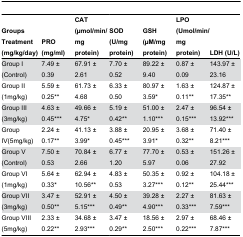
| Groups Treatment (mg/kg/day) | PRO (mg/ml) | CAT (μmol/min/mg protein) | SOD (U/mg protein) | GSH (μM/mg protein) | LPO (Umol/min/mg protein) | LDH (U/L) |
 | --- | --- | --- | --- | --- | --- | --- |
 | Group I (Control) | 7.49 ± 0.39 | 67.91 ± 2.61 | 7.70 ± 0.52 | 89.22 ± 9.40 | 0.87 ± 0.09 | 143.97 ± 23.16 |
 | Group II (1mg/kg) | 5.59 ± 0.25** | 61.73 ± 4.68 | 6.33 ± 0.50 | 80.97 ± 3.59* | 1.63 ± 0.11** | 124.87 ± 17.35** |
 | Group III (3mg/kg) | 4.63 ± 0.45*** | 49.66 ± 4.75* | 5.19 ± 0.42** | 51.00 ± 1.10*** | 2.47 ± 0.15*** | 96.54 ± 13.92*** |
 | Group IV(5mg/kg) | 2.24 ± 0.17** | 41.13 ± 3.99* | 3.88 ± 0.45*** | 20.95 ± 3.91* | 3.68 ± 0.32** | 71.40 ± 8.21*** |
 | Group V (Control) | 7.50 ± 0.53 | 70.84 ± 2.66 | 6.77 ± 1.20 | 77.70 ± 5.97 | 0.53 ± 0.06 | 151.26 ± 27.92 |
 | Group VI (1mg/kg) | 5.64 ± 0.33* | 62.94 ± 10.56** | 4.83 ± 0.53 | 50.35 ± 3.27*** | 0.92 ± 0.12** | 104.18 ± 25.44*** |
 | Group VII (3mg/kg) | 3.47 ± 0.50** | 52.91 ± 5.15*** | 4.50 ± 0.49** | 39.28 ± 4.90*** | 2.27 ± 0.33*** | 81.63 ± 7.59*** |
 | Group VIII (5mg/kg) | 2.33 ± 0.22** | 34.68 ± 2.93*** | 3.47 ± 0.29** | 18.56 ± 2.50*** | 2.97 ± 0.22*** | 68.46 ± 7.87*** |